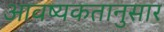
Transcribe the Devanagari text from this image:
आवष्यकतानुसार